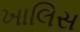
ખાલિસ